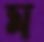
ম